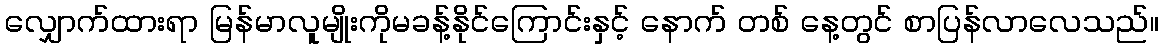
လျှောက်ထားရာ မြန်မာလူမျိုးကိုမခန့်နိုင်ကြောင်းနှင့် နောက် တစ် နေ့တွင် စာပြန်လာလေသည်။